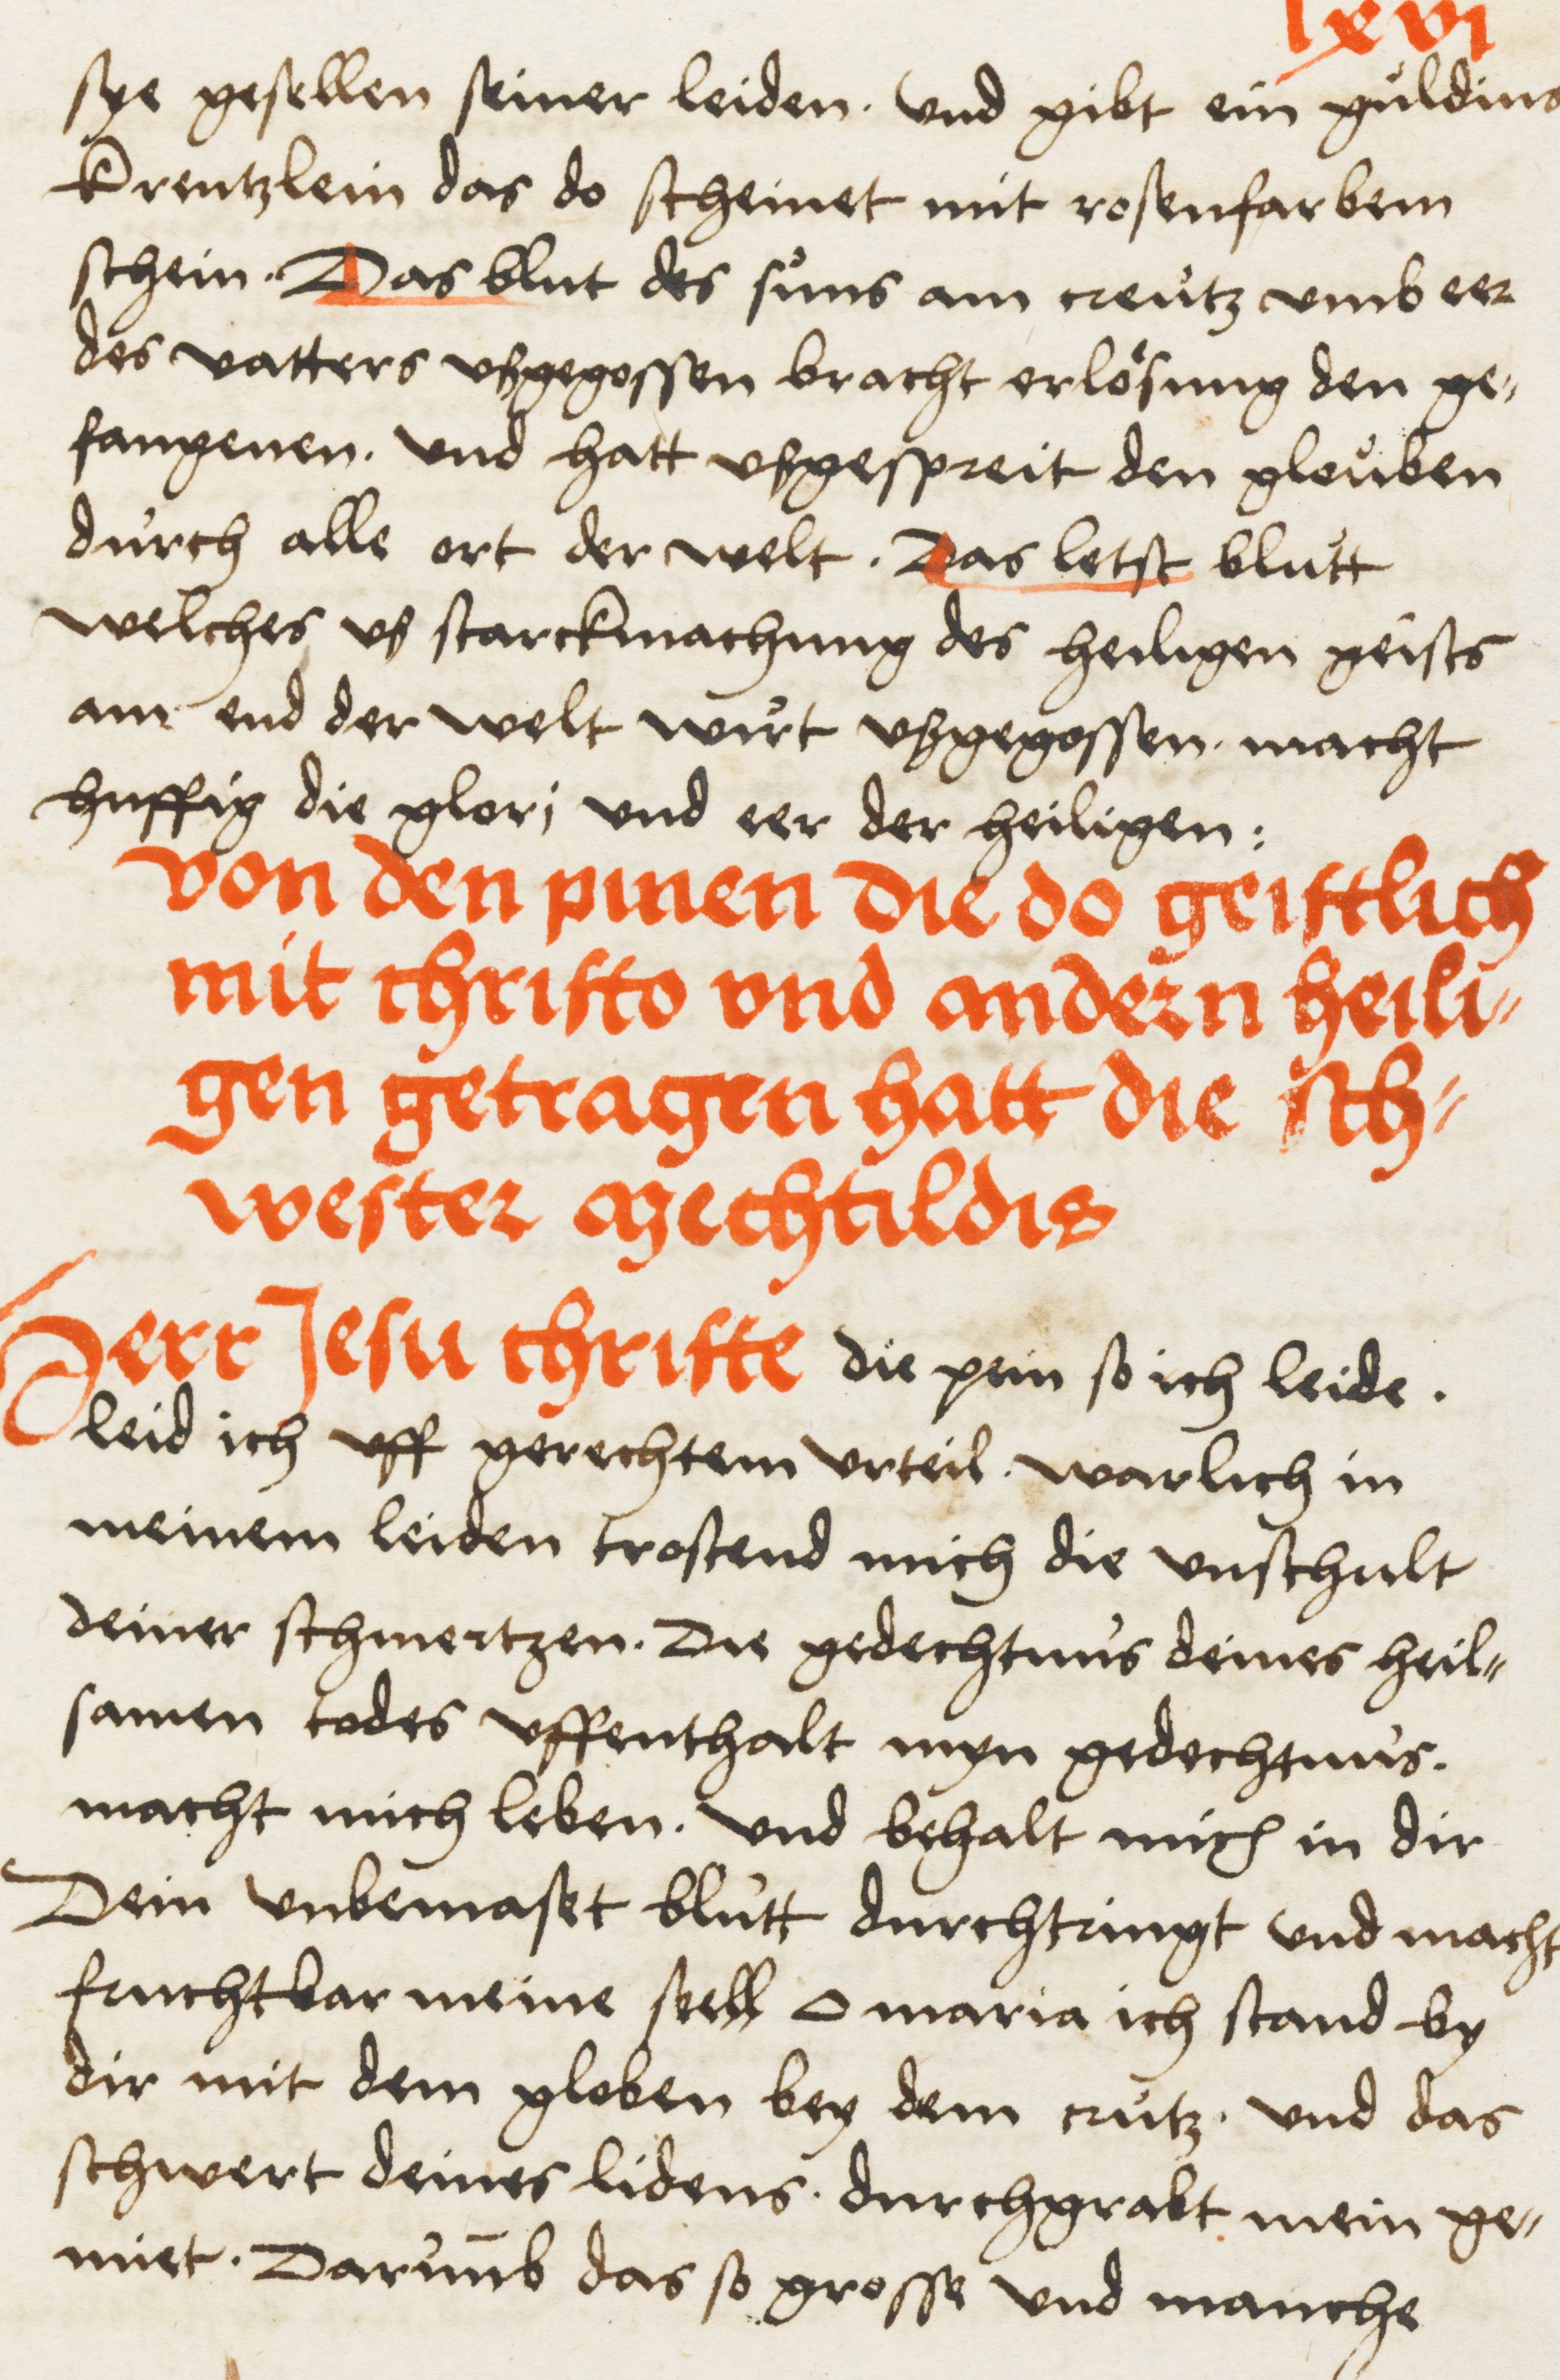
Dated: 1516–1517